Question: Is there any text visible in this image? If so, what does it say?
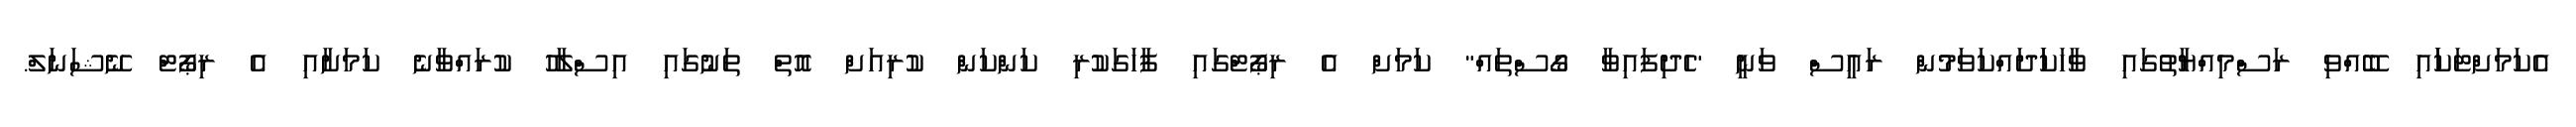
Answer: އެކަމަށްޓަކަައި ބޭއްވި ރަސްމިއްޔާތުގައި ވާހަކަަދައްކަވަމުން ރައީސް ވަނީ "ހެދިފައިވާ ގޯސްތައް" ކަމަށް އެ ރިޕޯޓްގައި ފާހަގަކުރި ކަންކަން ކުރިއަށް އޮތް ތަނުގައި އިސްލާހު ކުރައްވާނެ ކަމަށާއި އެ ރިޕޯޓް ނޭޝަނަލް.